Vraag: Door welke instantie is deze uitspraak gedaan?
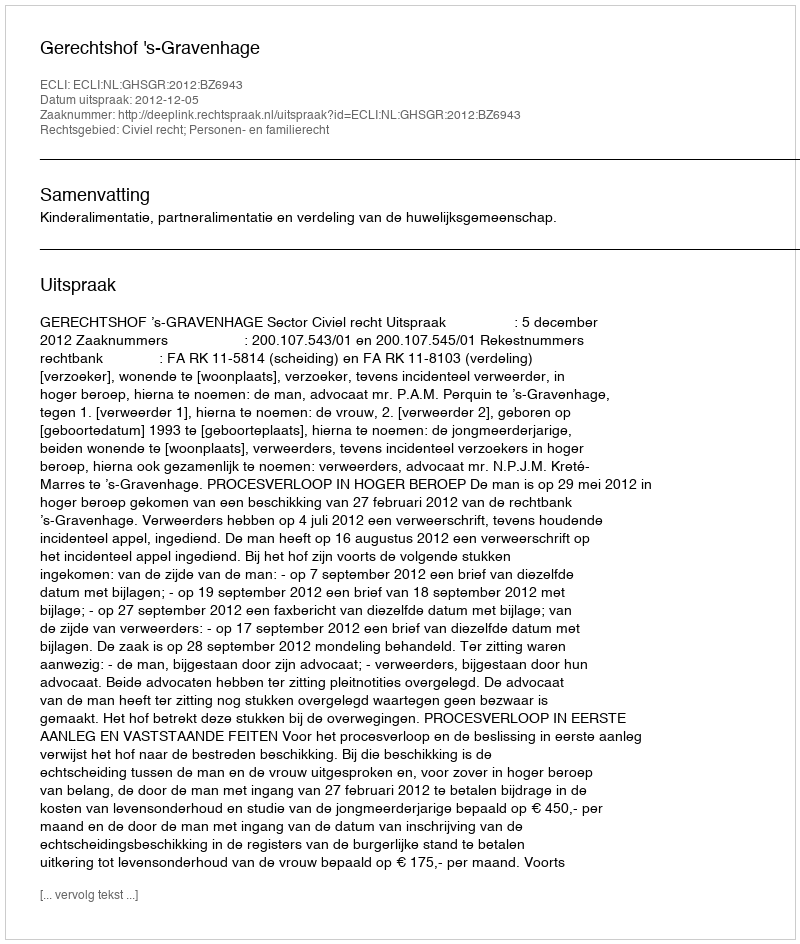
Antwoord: Gerechtshof 's-Gravenhage